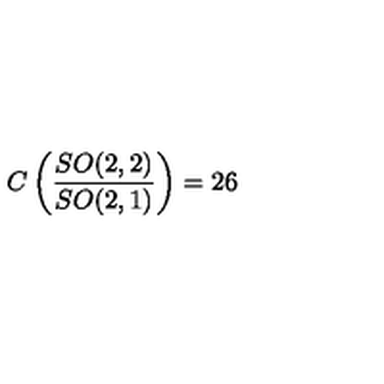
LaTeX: C \left( \frac { S O ( 2 , 2 ) } { S O ( 2 , 1 ) } \right) = 2 6